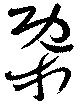
概